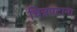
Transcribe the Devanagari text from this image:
चित्रपटाना